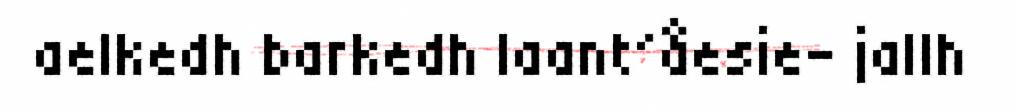
aelkedh barkedh laant´åesie- jallh